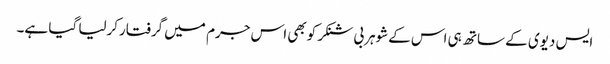
ایس دیوی کے ساتھ ہی اس کےشوہربی شنکرکوبھی اس جرم میں گرفتارکرلیا گیا ہے۔